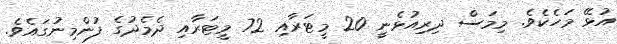
އުޅޭ މަހެކެވެ. މިމަސް ދިރިއުޅެނީ 20 މީޓަރާއި 72 މީޓަރާއި ދެމެދުގެ ފުންމިނުގައެވެ.